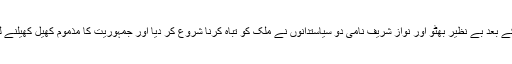
اس کے بعد بے نظیر بھٹو اور نواز شریف نامی دو سیاستدانوں نے ملک کو تباہ کرنا شروع کر دیا اور جمہوریت کا مذموم کھیل کھیلنے لگے۔